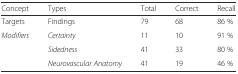
| Concept | Types | Total | Correct | Recall |
 | --- | --- | --- | --- | --- |
 | Targets | Findings | 79 | 68 | 86 % |
 | <ROWSPAN=3> Modifiers | Certainty | 11 | 10 | 91 % |
 | Sidedness | 41 | 33 | 80 % |
 | Neurovascular Anatomy | 41 | 19 | 46 % |